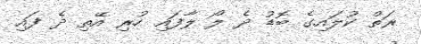
ރަތް ކުލައިގެ ބޮޑު ދެ ލޯ ލާފައި ހުރި އޭތި ދެ ފައި